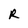
Character: R